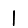
Digit: 1